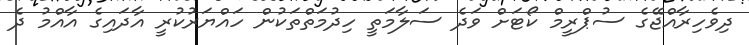
ދިވެހިރާއްޖޭގެ ސުޕްރީމް ކޯޓަށް ވަދެ ސަލާމަތީ ހިދުމަތްތަކުން ހައްޔަރުކުރީ އާދައިގެ އާއްމު ދެ